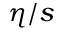
\eta / s